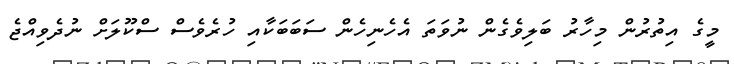
މީގެ އިތުރުން މިހާރު ބަލިވެގެން ނުވަތަ އެހެނިހެން ސަބަބަކާއި ހުރެވެސް ސްކޫލަށް ނުދެވިއްޖެ